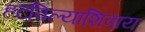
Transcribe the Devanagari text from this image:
हटविल्याशिवाय